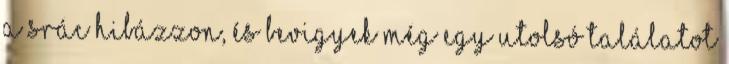
a srác hibázzon, és bevigyek még egy utolsó találatot